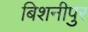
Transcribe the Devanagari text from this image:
बिशनीपुर